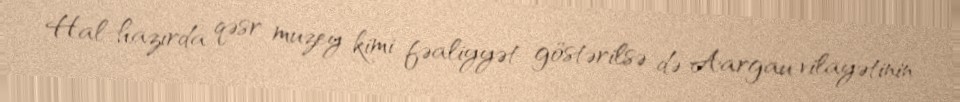
Hal-hazırda qəsr muzey kimi fəaliyyət göstərilsə də Aargau vilayətinin